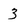
Character: 3